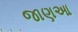
જાણઆ